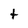
Character: t